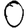
Digit: 0